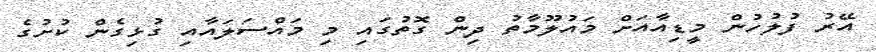
އޭރު ފުލުހުން މީޑިއާއަށް މައުލޫމާތު ދިން ގޮތުގައި މި މައްސަަލައާއި ގުޅިގެން ކުށުގެ